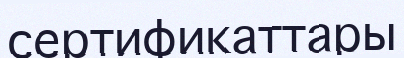
сертификаттары